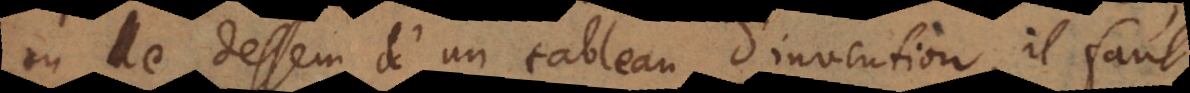
ou le dessein d’un tableau d’invention, il faut